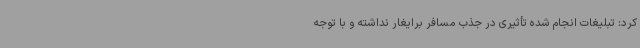
کرد: تبلیغات انجام شده تأثیری در جذب مسافر برایغار نداشته و با توجه